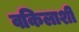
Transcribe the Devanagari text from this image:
वकिलाशी